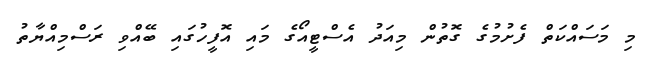
މި މަސައްކަތް ފެށުމުގެ ގޮތުން މިއަދު އެސްޓީއޯގެ މައި އޮފީހުގައި ބޭއްވި ރަސްމިއްޔާތު